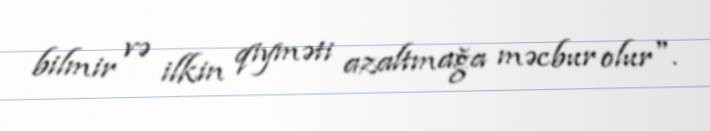
bilmir və ilkin qiyməti azaltmağa məcbur olur".